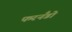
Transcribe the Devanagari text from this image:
फरनँडो